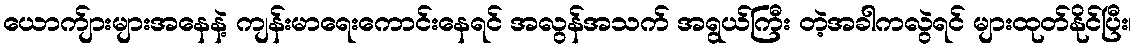
ယောက်ျားများအနေနဲ့ ကျန်းမာရေးကောင်းနေရင် အလွန်အသက် အရွယ်ကြီး တဲ့အခါကလွဲရင် များထုတ်နိုင်ပြီး၊